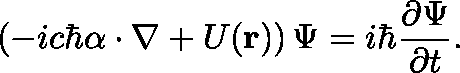
\left( - i c \hbar \mathbf { \alpha } \cdot \mathbf { \nabla } + U ( \mathbf { r } ) \right) \Psi = i \hbar \frac { \partial \Psi } { \partial t } .